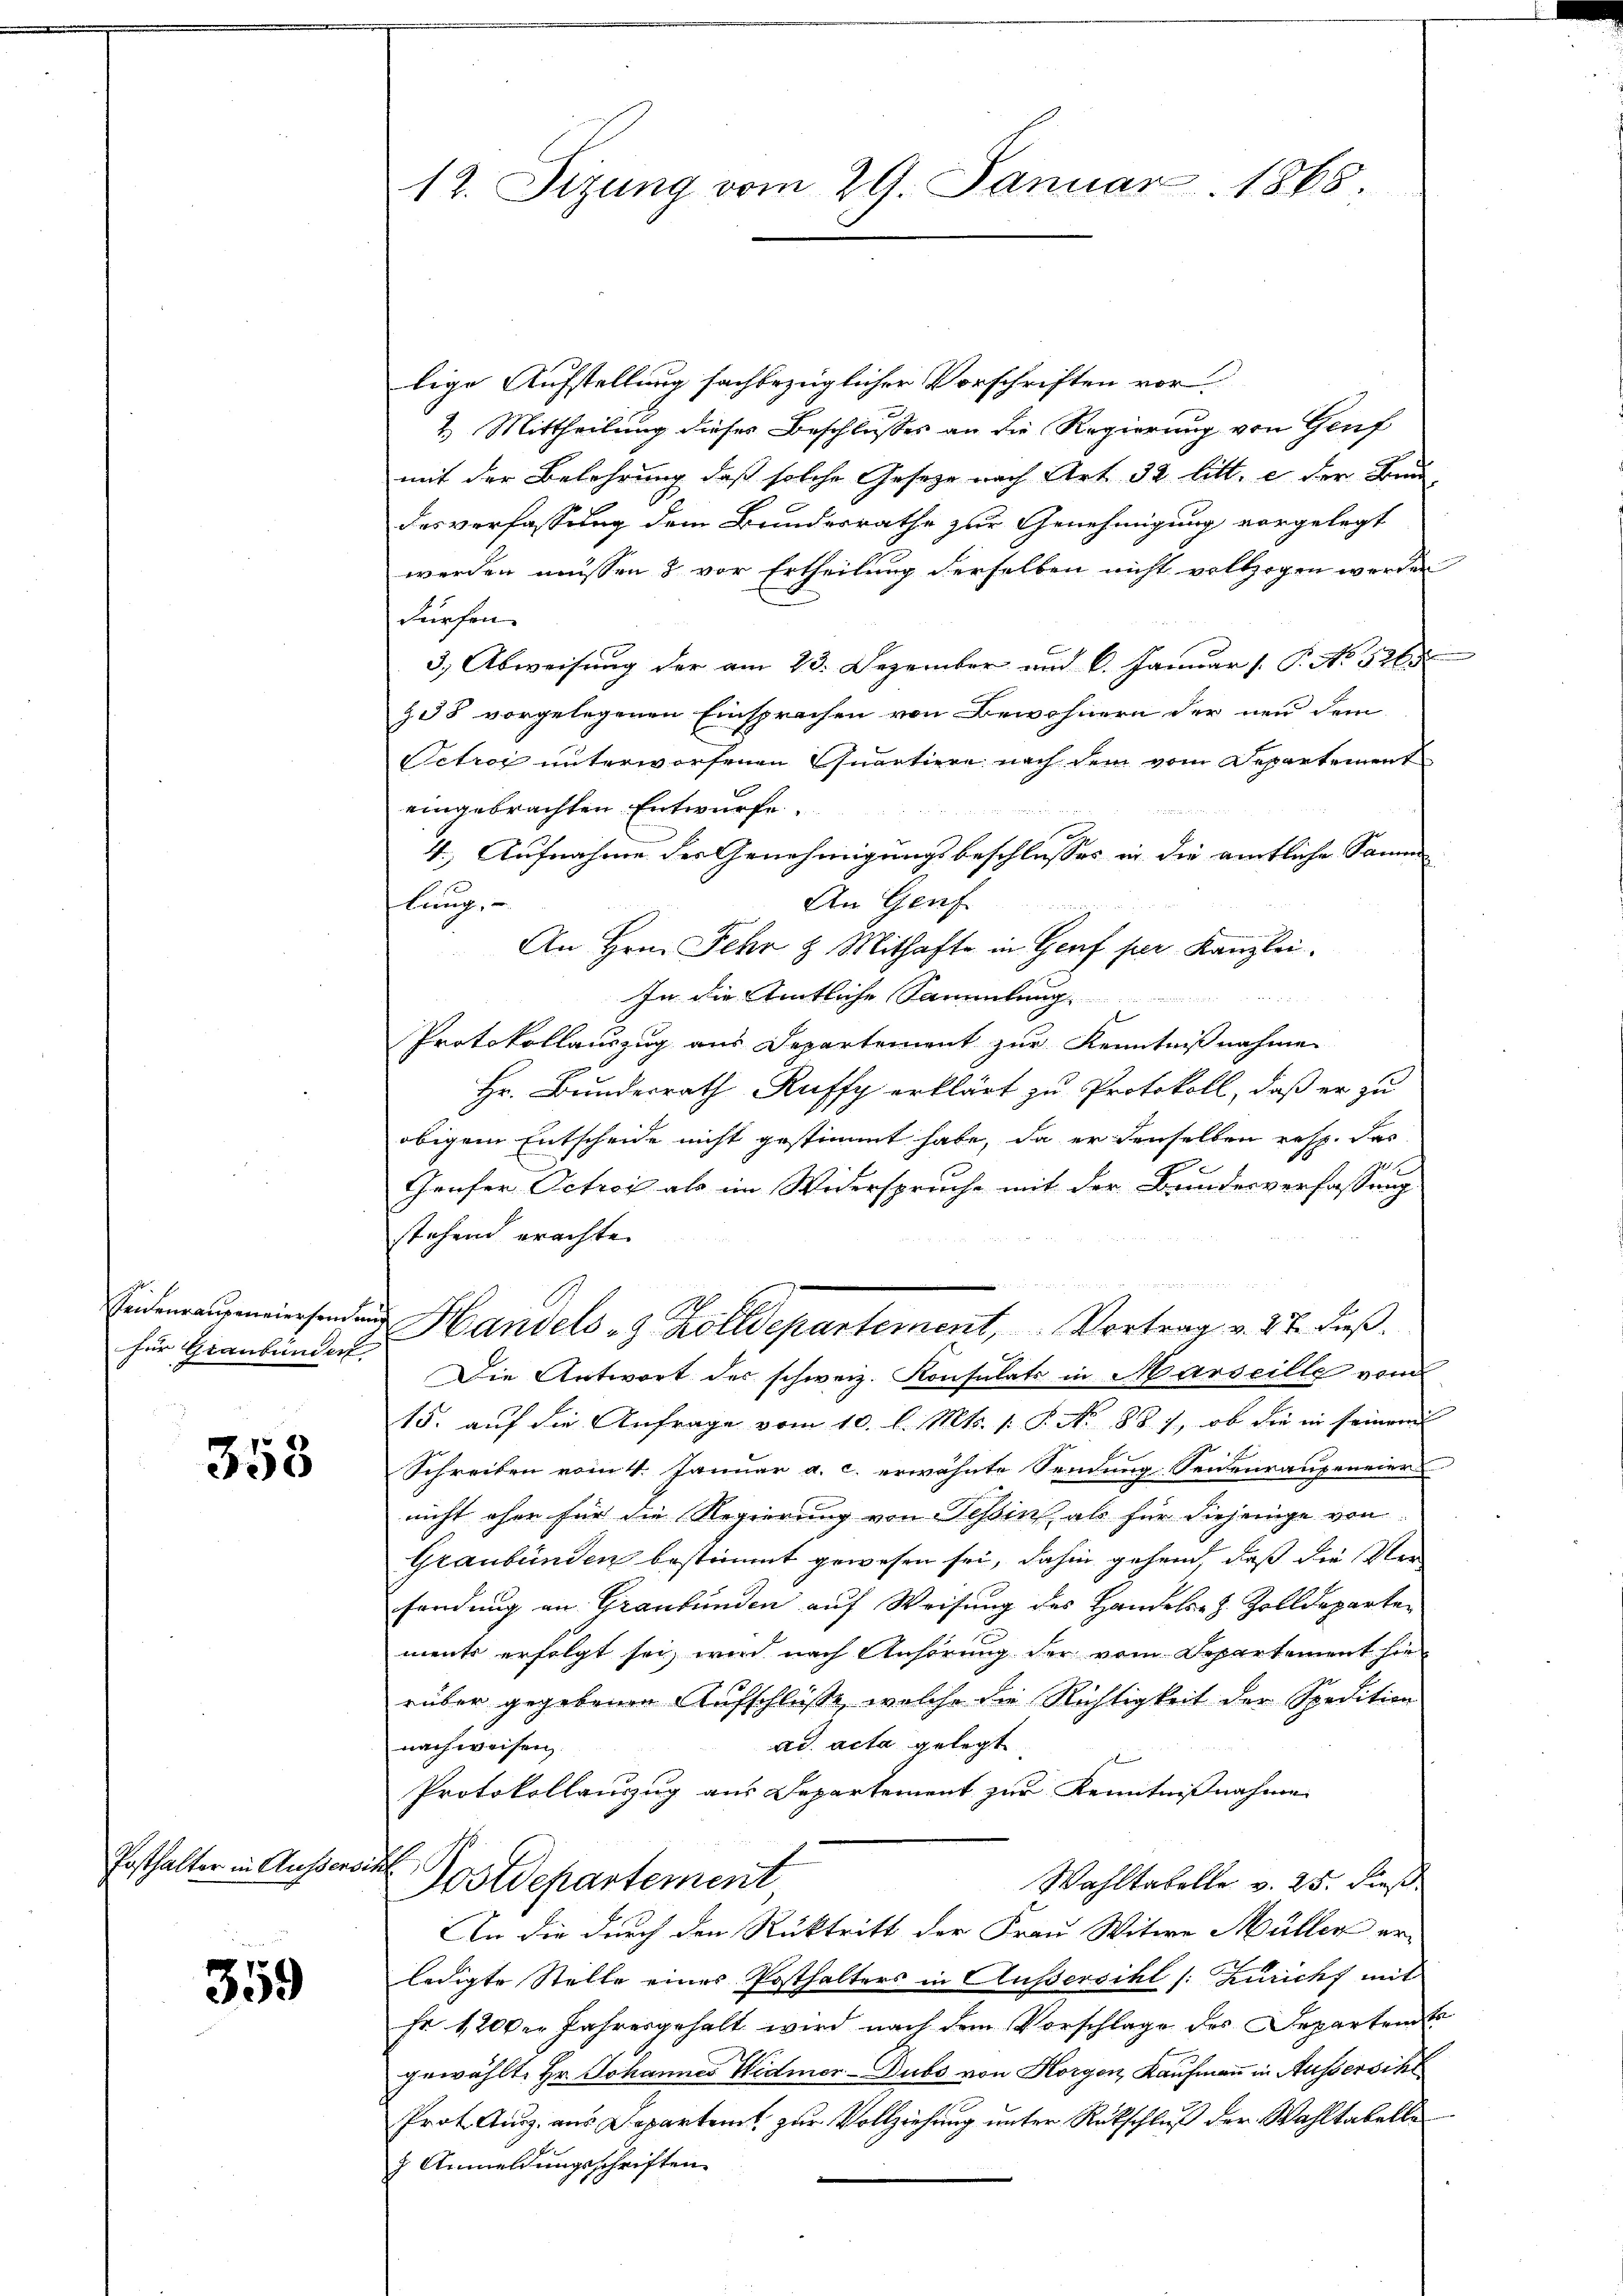
für Graubünden

358

Posthalter in Aussers.

359

12. Stzung vom 29. Januar 1865.

lige Aufstellung sachbezüglicher Vorschriften vor-
2. Mittheilung dieses Beschlusses an die Regierung von Gruf
mit der Belehrung, daß solche Gesetze nach Art. 32 litt. e der Freu
desverfassung dem Bundesrathe zur Genehmigung vorgelegt
werden müssen & vor Ertheilung derselben nicht vollzogen werden
dürfen.
3.) Abweisung der am 23. Dezember und 6. Januar 1. P. No 5265
§38 vorgelegenen Einsprachen von Bewohnern der neu dem
Petrog unterworfenen Quartiere nach dem vom Departement
eingebrachten Entwurfe.

4. Aufnahme der Genehmigungsbeschlusses in die amtliche Samm
Am Genf
burg,
An Hrn. Fehr & Mithafte in Genf per Kanzlei.
In die Amtliche Sammlung
Protokollauszug aus Departement zur Kenntnißnahmen
Hr. Bundesrath Ruffy erklärt zu Protokoll, daß er zu
obigem Entscheide nicht gestimmt habe, da er denselben resp. das
711.
Teufer Octos als im Widerspruche mit der Brindesverfassung
stehend erachte.
n
uund
Ennderraugeniersenden Handels - 9 Zolldepartement, Vortrag v. 27. dieß.
Die Antwort der schweiz. Konsulats in Marseille vom
15. auf die Anfrage vom 10. l. Mts. 1 S. N. 88. 1, ob die in seinem
Schreiben vom 4. Januar a. c. erwähnte Sendung Seidenraupeneier
nicht eher für die Regierung von Tessin als für diejenige von
Graubünden bestimmt gewesen sei, dahin gehend, daß die Ver
fendung an Graubünden auf Weisung des Handels- Z. Zolldeparten
ments erfolgt sei, wird nach Anhörung der vom Departement hie
rüber gegebenen Aufschlüße, welche die Richtigkeit der Spedition
ad acta gelegt
nach weisen,
Protokollauszug aus Departement zur Kenntnißnahmen
Postdepartement
Wahltabelle v. 25. dieß
An die durch den Rücktritt der Frau Witwe Müller er-
ledigte Stelle eines Posthalters in Außersihl /: Züricht mit
Fr 1200. Jahresgehalt wird nach dem Vorschlage des Departens
gewählt. Hr. Johannes Widmer-Dubs von Horgen, Kaufmann in Aussersihl
Prot. Ausz. aus Departent zur Vollziehung unter Rückschluß der Wahltabelle
7 Anmeldungsschriften.